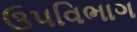
ઉપવિભાગ